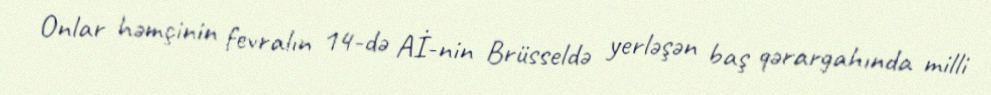
Onlar həmçinin fevralın 14-də Aİ-nin Brüsseldə yerləşən baş qərargahında milli